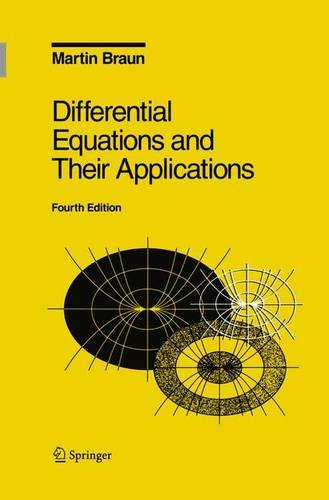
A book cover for Differential Equations and Their Applications: An Introduction to Applied Mathematics (Texts in Applied Mathematics) (v. 11); Martin Braun; Science & Math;